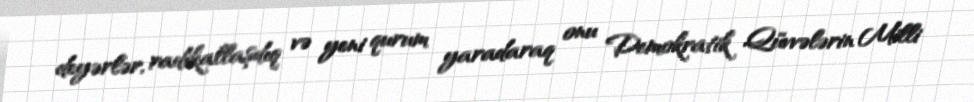
deyərlər, radikallaşdıq və yeni qurum yaradaraq onu Demokratik Qüvvələrin Milli